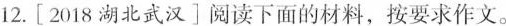
12. [2018湖北武汉]阅读下面的材料，按要求作文。